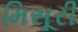
મિસૂરી